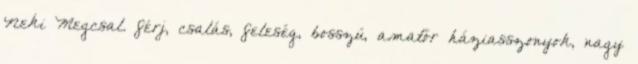
Neki Megcsal. férj, csalás, feleség, bosszú, amatőr háziasszonyok, nagy